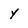
Character: y